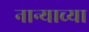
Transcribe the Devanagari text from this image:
नान्याच्या